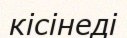
кісінеді